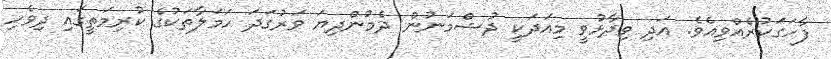
ފާހަގަކުރެއްވިއެވެ. އަދި ވިދާޅުވީ މިއަދަކީ ދުޝްމަނުން ދެމުންދިޔަ ވަރުގަދަ ހަމަލާތަކުގެ ކުރިމަތީގައި ދިވެހި